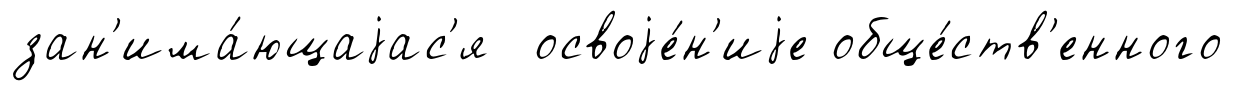
зан'има́ющаjас'я освоjе́н'иjе обще́ств'енного